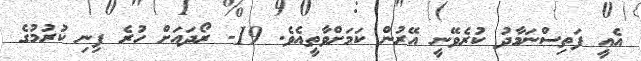
އެއީ ފަތިސްނަމާދު ކުރެވޭނީ އޭރުން ކަމަށްވާތީއެވެ. 19- ރޯދައަށް ހުރެ ފިނި ކުރުމުގެ